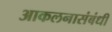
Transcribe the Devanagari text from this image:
आकलनासंबंधी